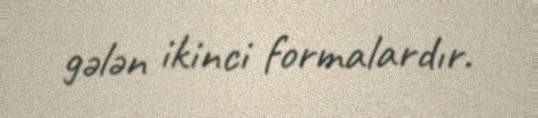
gələn ikinci formalardır.